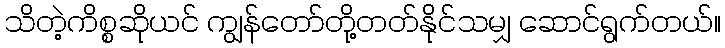
သိတဲ့ကိစ္စဆိုယင် ကျွန်တော်တို့တတ်နိုင်သမျှ ဆောင်ရွက်တယ်။